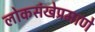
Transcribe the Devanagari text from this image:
लोकसंखेप्रमाणे